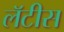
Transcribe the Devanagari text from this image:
लॅटीस